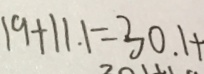
1 9 + 1 1 . 1 = 3 0 . 1 +